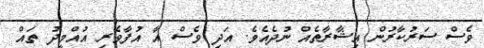
ވެސް ސަރުކާރުން އިޝާރާތެއް ނުދެއެވެ. އަދި ވެސް އާ އުފާވެރި އުއްމީދު ތައް